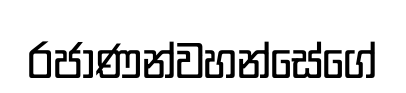
රජාණන්වහන්සේගේ